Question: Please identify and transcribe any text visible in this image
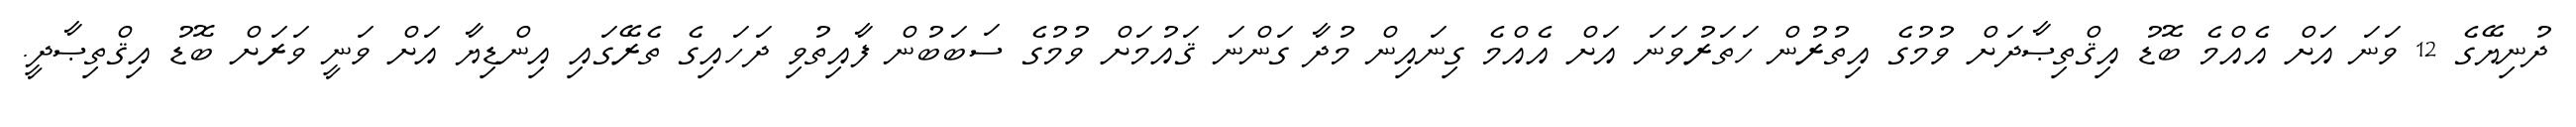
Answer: ދުނިޔޭގެ 12 ވަނަ އަށް އެއްމެ ބޮޑު އިޤްތިޞާދަށް ވުމުގެ އިތުރުން ހަތަރުވަނަ އަށް އެއްމެ ގިނައިން މުދާ ގަންނަ ޤައުމަށް ވުމުގެ ސަބަބުން ފާއިތުވި ދަހައިގެ ތެރޭގައި އިންޑިޔާ އަށް ވަނީ ވަރަށް ބޮޑު އިޤްތިޞާދީ.